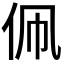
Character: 𬽳